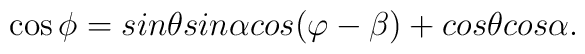
\cos\phi=sin\theta sin\alpha cos(\varphi-\beta)+cos\theta cos\alpha.